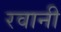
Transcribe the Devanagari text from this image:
रवानी